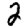
Digit: 2